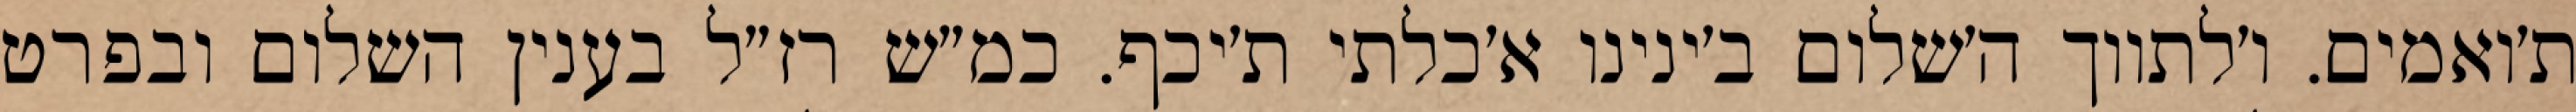
ת׳ואמים. ו׳לתווך ה׳שלום ב׳ינינו א׳כלתי ת׳יכף. כמ״ש רז״ל בענין השלום ובפרט